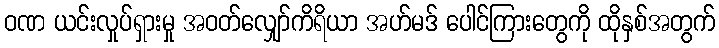
ဝဏ ယင်းလှုပ်ရှားမှု အဝတ်လျှော်ကိရိယာ အဟ်မဒ် ပေါင်ကြားတွေကို ထိုနှစ်အတွက်